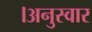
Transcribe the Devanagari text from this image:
।अनुस्वार